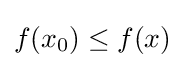
f(x_{0})\leq f(x)